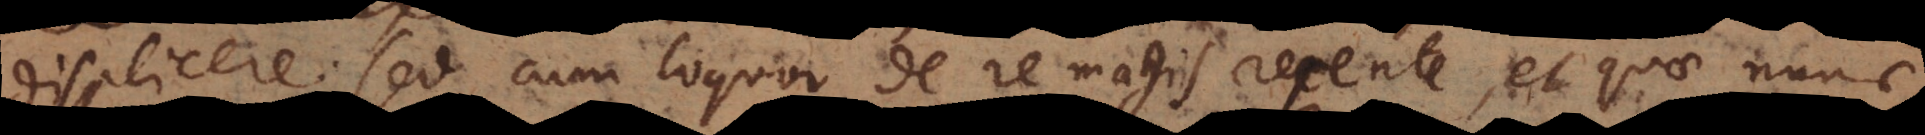
displicere, sed cum loquor de re magis recente, et quae nunc